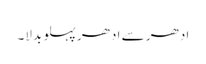
ادھر سے ادھر پہلو بدلا۔